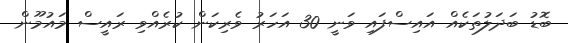
ބޮޑު ބަދަލުތަކެއް އައިސްފައި ވަނީ 30 އަހަރު ވެރިކަން ކުރެއްވި ރައީސް މައުމޫން